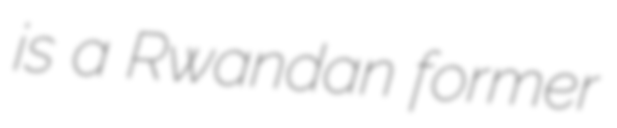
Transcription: is a Rwandan former